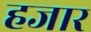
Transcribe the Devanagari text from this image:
हजार